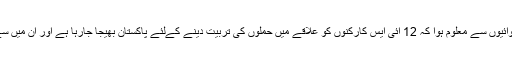
ذرائع کے مطابق افغانستان دبئی اور نئی دہلی میں 18 ماہ طویل نگرانی کی کارروائیوں سے معلوم ہوا کہ 12 آئی ایس کارکنوں کو علاقے میں حملوں کی تربیت دینے کےلئے پاکستان بھیجا جارہا ہے اور ان میں سےایک افغان شہری کو نئی دہلی میں خودکش حملوں کی ذمہ داری سونپی گئی ہے۔